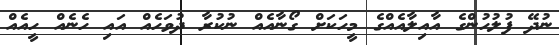
ނުދޭ ފުލުހުންގެ އާއިލާއެއްގެ މީހަކަށް ގޯނާއެއް ނުކުރާ ދުވަހެއް އައި ހެނެއް ހީއެއް